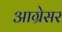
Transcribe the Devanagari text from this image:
आग्रेसर